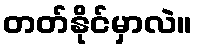
တတ်နိုင်မှာလဲ။